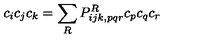
c _ { i } c _ { j } c _ { k } = \sum _ { R } P _ { i j k , p q r } ^ { R } c _ { p } c _ { q } c _ { r }